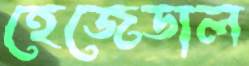
হেজেডাল